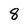
Character: 8